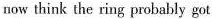
now think the ring probably got